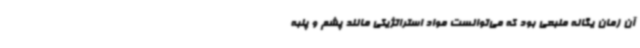
آن زمان یگانه منبعی بود که می‌توانست مواد استراتژیکی مانند پشم و پنبه